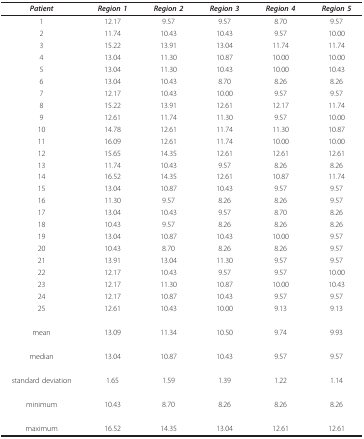
<table><thead><tr><td><b><i>Patient</i></b></td><td><b><i>Region 1</i></b></td><td><b><i>Region 2</i></b></td><td><b><i>Region 3</i></b></td><td><b><i>Region 4</i></b></td><td><b><i>Region 5</i></b></td></tr></thead><tbody><tr><td>1</td><td>12.17</td><td>9.57</td><td>9.57</td><td>8.70</td><td>9.57</td></tr><tr><td>2</td><td>11.74</td><td>10.43</td><td>10.43</td><td>9.57</td><td>10.00</td></tr><tr><td>3</td><td>15.22</td><td>13.91</td><td>13.04</td><td>11.74</td><td>11.74</td></tr><tr><td>4</td><td>13.04</td><td>11.30</td><td>10.87</td><td>10.00</td><td>10.00</td></tr><tr><td>5</td><td>13.04</td><td>11.30</td><td>10.43</td><td>10.00</td><td>10.43</td></tr><tr><td>6</td><td>13.04</td><td>10.43</td><td>8.70</td><td>8.26</td><td>8.26</td></tr><tr><td>7</td><td>12.17</td><td>10.43</td><td>10.00</td><td>9.57</td><td>9.57</td></tr><tr><td>8</td><td>15.22</td><td>13.91</td><td>12.61</td><td>12.17</td><td>11.74</td></tr><tr><td>9</td><td>12.61</td><td>11.74</td><td>11.30</td><td>9.57</td><td>10.00</td></tr><tr><td>10</td><td>14.78</td><td>12.61</td><td>11.74</td><td>11.30</td><td>10.87</td></tr><tr><td>11</td><td>16.09</td><td>12.61</td><td>11.74</td><td>10.00</td><td>10.00</td></tr><tr><td>12</td><td>15.65</td><td>14.35</td><td>12.61</td><td>12.61</td><td>12.61</td></tr><tr><td>13</td><td>11.74</td><td>10.43</td><td>9.57</td><td>8.26</td><td>8.26</td></tr><tr><td>14</td><td>16.52</td><td>14.35</td><td>12.61</td><td>10.87</td><td>11.74</td></tr><tr><td>15</td><td>13.04</td><td>10.87</td><td>10.43</td><td>9.57</td><td>9.57</td></tr><tr><td>16</td><td>11.30</td><td>9.57</td><td>8.26</td><td>8.26</td><td>9.57</td></tr><tr><td>17</td><td>13.04</td><td>10.43</td><td>9.57</td><td>8.70</td><td>8.26</td></tr><tr><td>18</td><td>10.43</td><td>9.57</td><td>8.26</td><td>8.26</td><td>8.26</td></tr><tr><td>19</td><td>13.04</td><td>10.87</td><td>10.43</td><td>10.00</td><td>9.57</td></tr><tr><td>20</td><td>10.43</td><td>8.70</td><td>8.26</td><td>8.26</td><td>9.57</td></tr><tr><td>21</td><td>13.91</td><td>13.04</td><td>11.30</td><td>9.57</td><td>9.57</td></tr><tr><td>22</td><td>12.17</td><td>10.43</td><td>9.57</td><td>9.57</td><td>10.00</td></tr><tr><td>23</td><td>12.17</td><td>11.30</td><td>10.87</td><td>10.00</td><td>10.43</td></tr><tr><td>24</td><td>12.17</td><td>10.87</td><td>10.43</td><td>9.57</td><td>9.57</td></tr><tr><td>25</td><td>12.61</td><td>10.43</td><td>10.00</td><td>9.13</td><td>9.13</td></tr><tr><td>mean</td><td>13.09</td><td>11.34</td><td>10.50</td><td>9.74</td><td>9.93</td></tr><tr><td>median</td><td>13.04</td><td>10.87</td><td>10.43</td><td>9.57</td><td>9.57</td></tr><tr><td>standard deviation</td><td>1.65</td><td>1.59</td><td>1.39</td><td>1.22</td><td>1.14</td></tr><tr><td>minimum</td><td>10.43</td><td>8.70</td><td>8.26</td><td>8.26</td><td>8.26</td></tr><tr><td>maximum</td><td>16.52</td><td>14.35</td><td>13.04</td><td>12.61</td><td>12.61</td></tr></tbody></table>